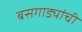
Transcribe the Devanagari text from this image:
बसगाड्यांची